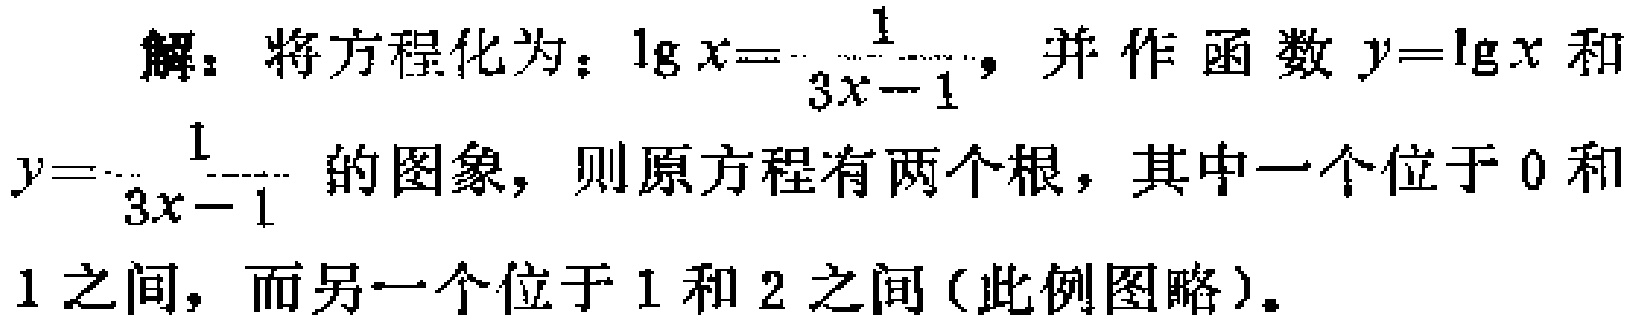
解：将方程化为：\(\lg x = -\frac{1}{3x - 1}\)，并作函数\(y = \lg x\)和\(y = -\frac{1}{3x - 1}\)的图象，则原方程有两个根，其中一个位于\(0\)和\(1\)之间，而另一个位于\(1\)和\(2\)之间（此例图略）。